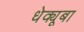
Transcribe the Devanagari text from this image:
धेक्यूबा